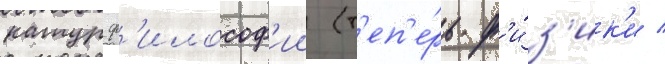
натурф'илософ'ии (т'еп'е́рь ф'и́з'ик'и /